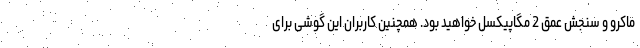
ماکرو و سنجش عمق 2 مگاپیکسل خواهید بود. همچنین کاربران این گوشی برای